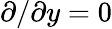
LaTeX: \partial/\partial y=0